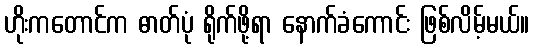
ဟိုးကတောင်က ဓာတ်ပုံ ရိုက်ဖို့ရာ နောက်ခံကောင်း ဖြစ်လိမ့်မယ်။